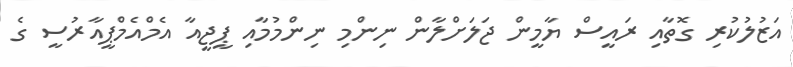
އަޒުލުކުރި ގޮތާއި ރައީސް ޔާމީން ޖަލަށްލާން ނިންމި ނިންމުމާއި ޕީޖީއާ އެމްއެމްޕީއާރުސީ ގެ